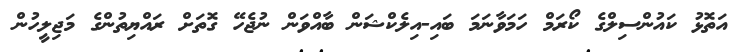
އަތޮޅު ކައުންސިލްގެ ކޯރަމް ހަމަވާނަމަ ބައި-އިލެކްޝަން ބާއްވަން ނުޖެހޭ ގޮތަށް ރައްޔިތުންގެ މަޖިލީހުން